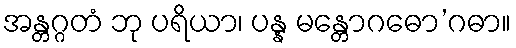
အန္တဂ္ဂတံ ဘု ပရိယာ၊ ပန္န မန္တောဂဓော’ဂဓာ။